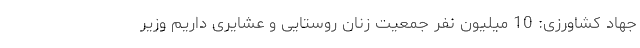
جهاد کشاورزی: 10 میلیون نفر جمعیت زنان روستایی و عشایری داریم وزیر